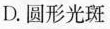
D.圆形光斑